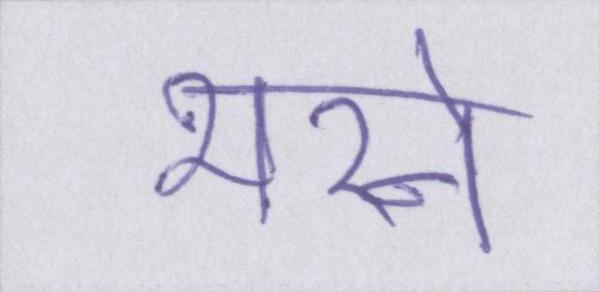
भरने